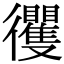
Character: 𢖦